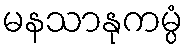
မနသာနုကမ္ပံ